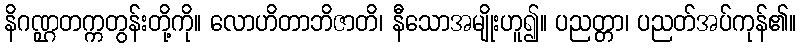
နိဂဏ္ဌတက္ကတွန်းတို့ကို။ လောဟိတာဘိဇာတိ၊ နီသောအမျိုးဟူ၍။ ပညတ္တာ၊ ပညတ်အပ်ကုန်၏။